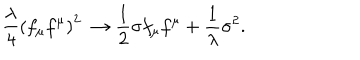
\frac { \lambda } 4 \left( f _ { \mu } f ^ { \mu } \right) ^ { 2 } \ \to \frac 1 2 { \sigma } f _ { \mu } f ^ { \mu } + \frac 1 { \lambda } \sigma ^ { 2 } .